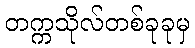
တက္ကသိုလ်တစ်ခုခုမှ